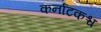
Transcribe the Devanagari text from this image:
कर्नाटकश्च